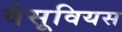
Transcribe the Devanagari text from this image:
वेसूवियस